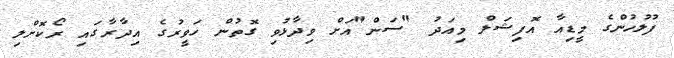
ފުލުހުންގެ މީޑިއާ އޮފިޝަލް މިއަދު "ސަން"އަށް ވިދާޅުވި ގޮތުން ހަވީރުގެ އިދާރާގައި ރޯކޮށްލި